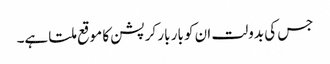
جس کی بدولت ان کو بار بار کرپشن کا موقع ملتا ہے۔